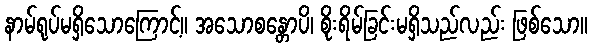
နာမ်ရုပ်မရှိသောကြောင့်။ အသောစန္တောပိ၊ စိုးရိမ်ခြင်းမရှိသည်လည်း ဖြစ်သော။